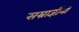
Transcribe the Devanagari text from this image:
सम्राज्ञींनी